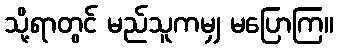
သို့ရာတွင် မည်သူကမျှ မပြောကြ။